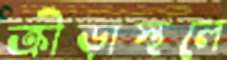
ক্রীড়াস্থলে